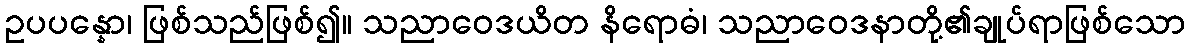
ဥပပန္နော၊ ဖြစ်သည်ဖြစ်၍။ သညာဝေဒယိတ နိရောဓံ၊ သညာဝေဒနာတို့၏ချုပ်ရာဖြစ်သော